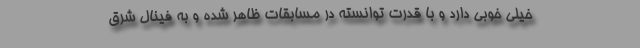
خیلی خوبی دارد و با قدرت توانسته در مسابقات ظاهر شده و به فینال شرق